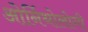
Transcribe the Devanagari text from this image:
ओर्निथोलोगी